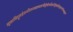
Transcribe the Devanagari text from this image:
मुक्ताविद्रुमहेमनीलधवलच्छायैर्मुखेस्त्रीक्षणैर्युक्तामिन्दुकलानिबद्धमुकुटां